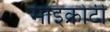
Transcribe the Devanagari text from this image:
माइक्रोटी